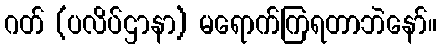
ဂတ် (ပလိပ်ဌာနာ) မရောက်ကြရတာဘဲနော်။